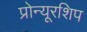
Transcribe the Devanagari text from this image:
प्रोन्‍यूरशिप